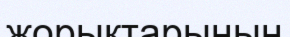
жорықтарының